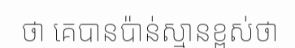
ថា គេបានប៉ាន់ស្មានខ្ពស់ថា